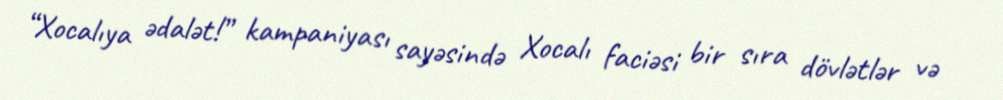
“Xocalıya ədalət!” kampaniyası sayəsində Xocalı faciəsi bir sıra dövlətlər və